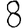
Digit: 8